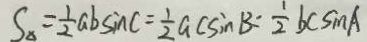
S _ { \Delta } = \frac { 1 } { 2 } a b \sin C = \frac { 1 } { 2 } a c \sin B = \frac { 1 } { 2 } b c \sin A